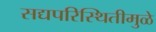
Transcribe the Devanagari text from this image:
सद्यपरिस्थितीमुळे